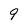
Character: 9